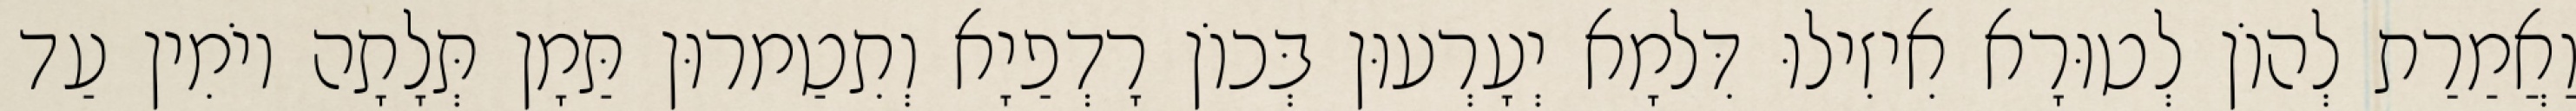
וַאֲמַרַת לְהוֹן לְטוּרָא אִיזִילוּ דִּלמָא יְעָרְעוּן בְּכוֹן רָדְפַיָא וְתִטַמרוּן תַּמָן תְּלָתָה יוֹמִין עַד